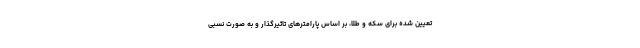
تعیین شده برای سکه و طلا، بر اساس پارامترهای تاثیرگذار و به صورت نسبی